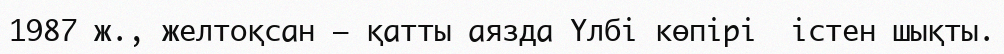
1987 ж., желтоқсан – қатты аязда Үлбі көпірі  істен шықты.